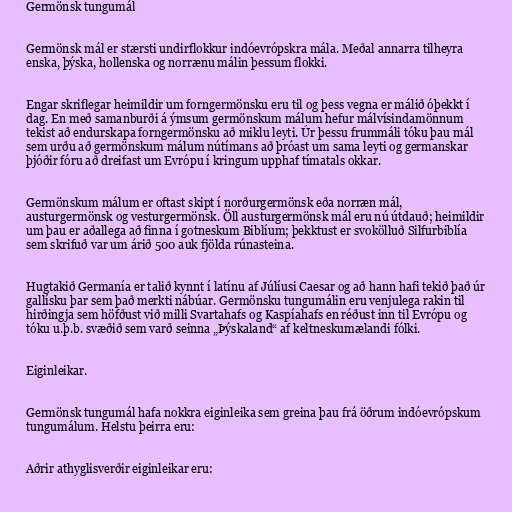
Germönsk tungumál

Germönsk mál er stærsti undirflokkur indóevrópskra mála. Meðal annarra tilheyra
enska, þýska, hollenska og norrænu málin þessum flokki.

Engar skriflegar heimildir um forngermönsku eru til og þess vegna er málið óþekkt í
dag. En með samanburði á ýmsum germönskum málum hefur málvísindamönnum
tekist að endurskapa forngermönsku að miklu leyti. Úr þessu frummáli tóku þau mál
sem urðu að germönskum málum nútímans að þróast um sama leyti og germanskar
þjóðir fóru að dreifast um Evrópu í kringum upphaf tímatals okkar.

Germönskum málum er oftast skipt í norðurgermönsk eða norræn mál,
austurgermönsk og vesturgermönsk. Öll austurgermönsk mál eru nú útdauð; heimildir
um þau er aðallega að finna í gotneskum Biblíum; þekktust er svokölluð Silfurbiblía
sem skrifuð var um árið 500 auk fjölda rúnasteina.

Hugtakið Germanía er talið kynnt í latínu af Júlíusi Caesar og að hann hafi tekið það úr
gallísku þar sem það merkti nábúar. Germönsku tungumálin eru venjulega rakin til
hirðingja sem höfðust við milli Svartahafs og Kaspíahafs en réðust inn til Evrópu og
tóku u.þ.b. svæðið sem varð seinna „Þýskaland“ af keltneskumælandi fólki.

Eiginleikar.

Germönsk tungumál hafa nokkra eiginleika sem greina þau frá öðrum indóevrópskum
tungumálum. Helstu þeirra eru:

Aðrir athyglisverðir eiginleikar eru: